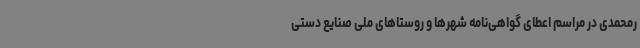
رمحمدی در مراسم اعطای گواهی‌نامه شهرها و روستاهای ملی صنایع ‌دستی